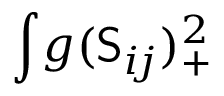
\int \! g ( \mathsf { S } _ { i \! j } ) _ { + } ^ { 2 }